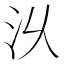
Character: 𣲄